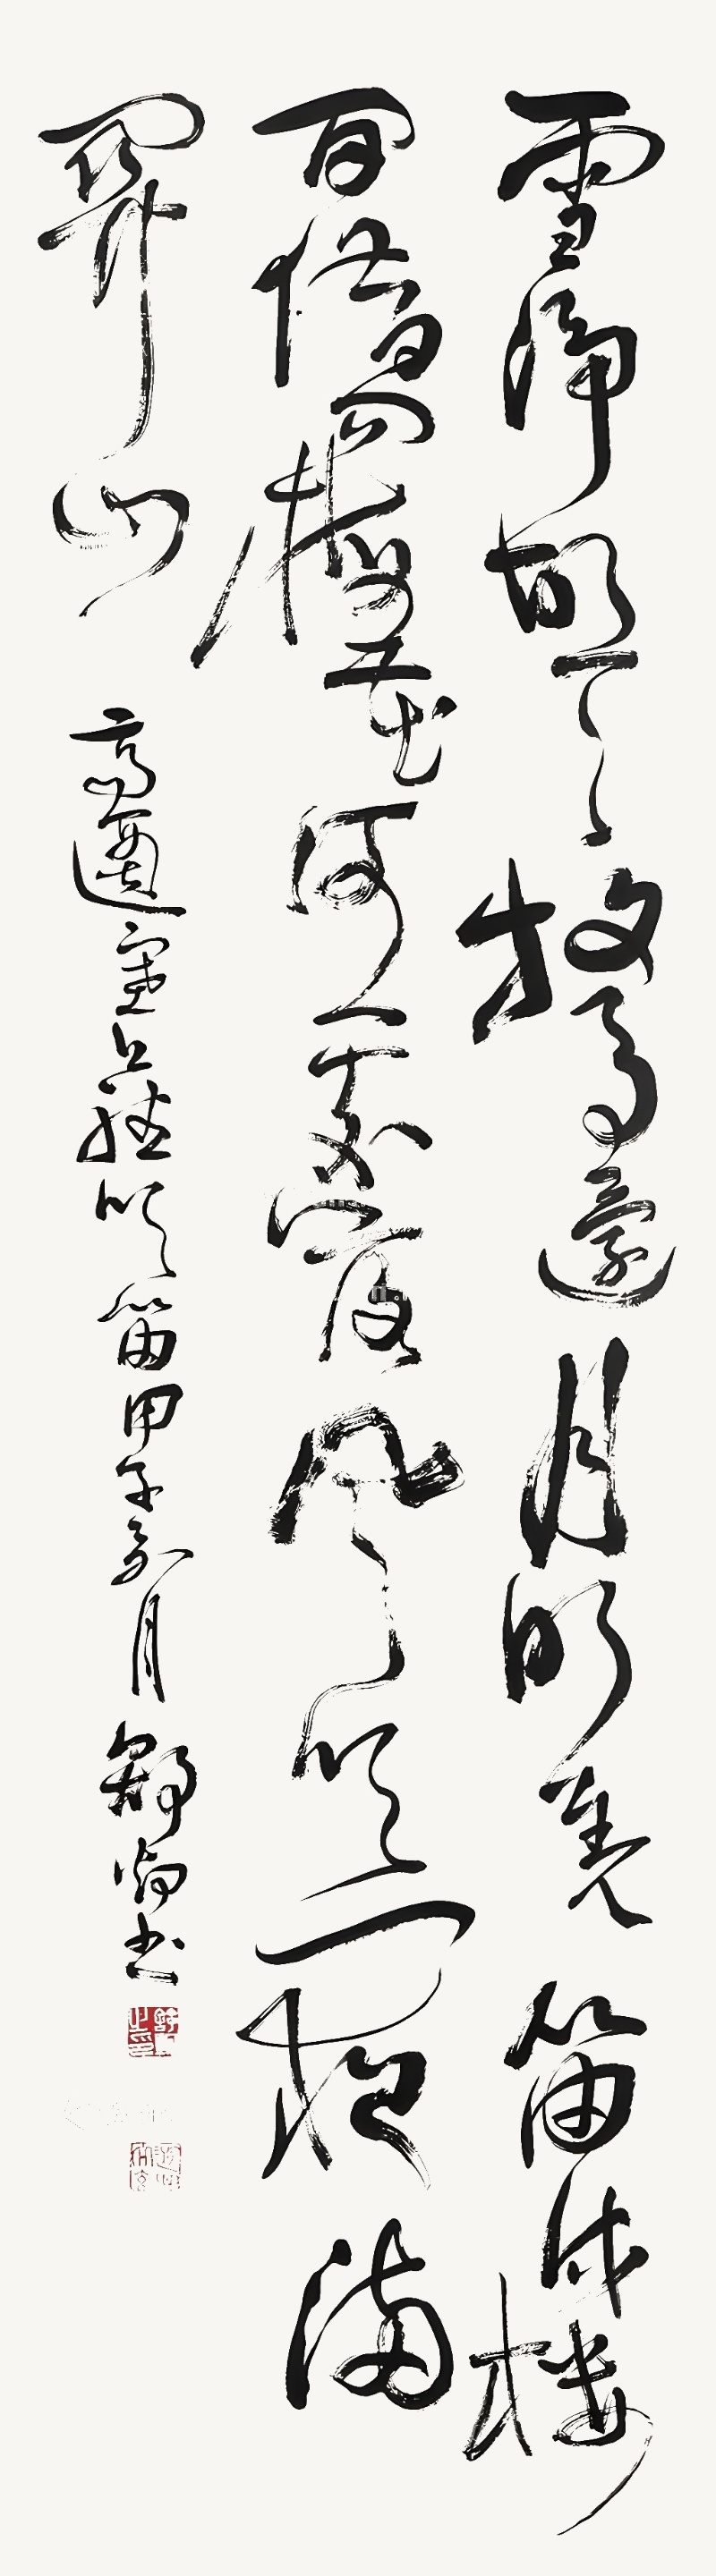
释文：雪净胡天牧马还，月明羌笛戍楼间。借问梅花何处落，风吹一夜满关山。高适塞上听吹笛甲子春月舒炯书